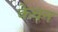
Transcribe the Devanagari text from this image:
केचन